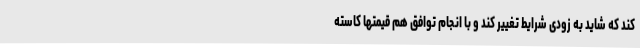
کند که شاید به زودی شرایط تغییر کند و با انجام توافق هم قیمتها کاسته